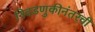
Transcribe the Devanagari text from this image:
निवडणुकीनंतरची